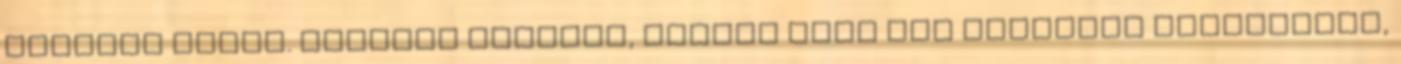
találom sehol. Esetleg leírnád, hogyan kell egy épületet bolygókhoz,